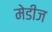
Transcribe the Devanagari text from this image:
मेडीज